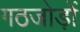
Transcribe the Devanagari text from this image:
गठजोड़ों